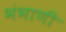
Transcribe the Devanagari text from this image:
भंभाणी